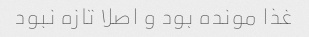
غذا مونده بود و اصلا تازه نبود